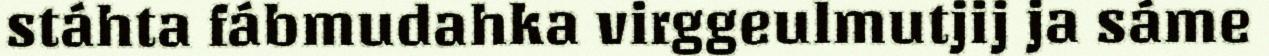
stáhta fábmudahka virggeulmutjij ja sáme